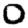
Digit: 0